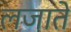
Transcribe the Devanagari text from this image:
लजाते